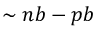
\sim n b - p b